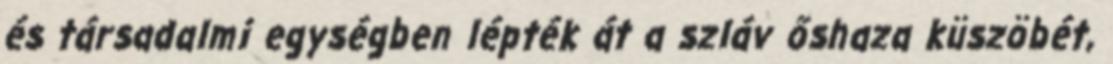
és társadalmi egységben lépték át a szláv őshaza küszöbét,